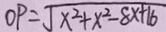
O P = \sqrt { x ^ { 2 } + x ^ { 2 } - 8 x + 1 6 }